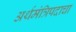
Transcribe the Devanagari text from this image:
अर्थमंत्रिपदाचा